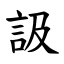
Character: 訯